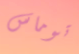
توماس